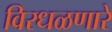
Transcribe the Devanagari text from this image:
विरधळणारे